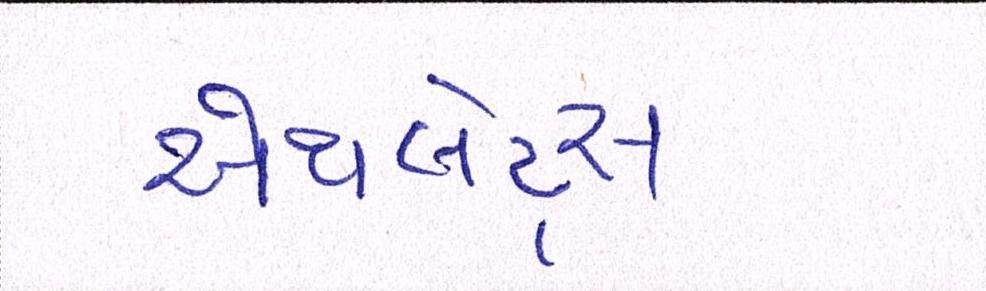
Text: એથ્લેટ્સ